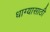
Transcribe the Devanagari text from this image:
धाग्यासाठी